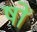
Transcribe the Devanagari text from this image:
षों